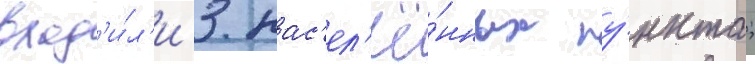
вход'и́л'и 3 нас'ел'ё́нных пу́нкта;